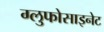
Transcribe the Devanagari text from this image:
ग्लुफोसाइनेट